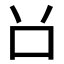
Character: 𠮦